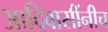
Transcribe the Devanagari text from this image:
आदिवासींनीच